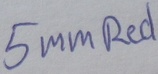
Text: 5mmRed